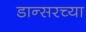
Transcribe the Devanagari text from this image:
डान्सरच्या